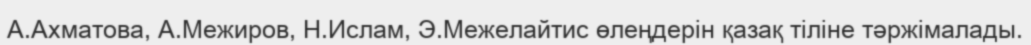
А.Ахматова, А.Межиров, Н.Ислам, Э.Межелайтис өлеңдерін қазақ тіліне тәржімалады.